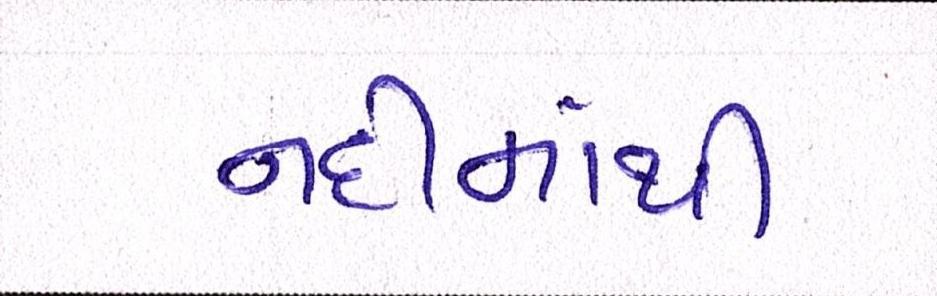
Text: નદીમાંથી